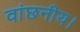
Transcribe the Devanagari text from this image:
वांछनीय।